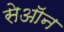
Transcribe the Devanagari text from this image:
सेऑन